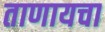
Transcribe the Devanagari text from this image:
ताणायचा